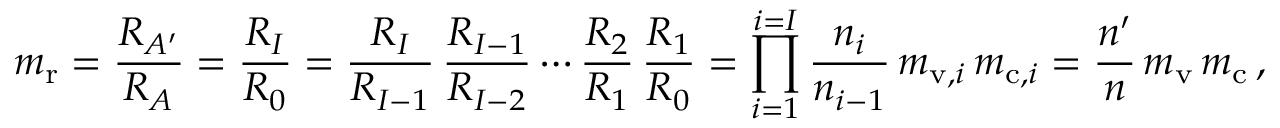
m _ { \mathrm { r } } = { \frac { R _ { A ^ { \prime } } } { R _ { A } } } = { \frac { R _ { I } } { R _ { 0 } } } = { \frac { R _ { I } } { R _ { I - 1 } } } \, { \frac { R _ { I - 1 } } { R _ { I - 2 } } } \cdots { \frac { R _ { 2 } } { R _ { 1 } } } \, { \frac { R _ { 1 } } { R _ { 0 } } } = \prod _ { i = 1 } ^ { i = I } { \frac { n _ { i } } { n _ { i - 1 } } } \, m _ { \mathrm { v } , i } \, m _ { \mathrm { c } , i } = { \frac { n ^ { \prime } } { n } } \, m _ { \mathrm { v } } \, m _ { \mathrm { c } } \, ,